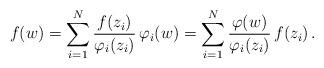
LaTeX: \begin{align*}f(w) = \sum_{i=1}^N \frac{f(z_i)}{\varphi_i(z_i)} \, \varphi_i(w) = \sum_{i=1}^N \frac{\varphi(w)}{\varphi_i(z_i)} \, f(z_i) \, .\end{align*}